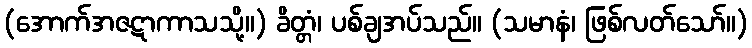
(အောက်အဇဋာကာသသို့။) ခိတ္တံ၊ ပစ်ချအပ်သည်။ (သမာနံ၊ ဖြစ်လတ်သော်။)